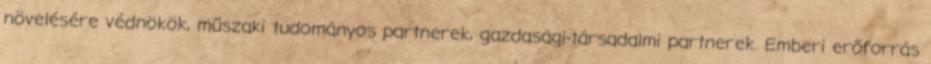
növelésére védnökök, műszaki tudományos partnerek, gazdasági-társadalmi partnerek. Emberi erőforrás